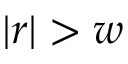
| r | > w